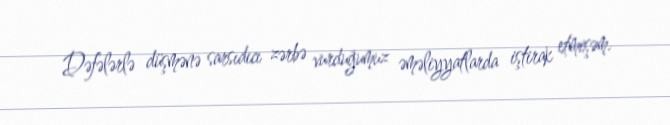
Dəfələrlə düşmənə sarsıdıcı zərbə vurduğumuz əməliyyatlarda iştirak etmişəm.